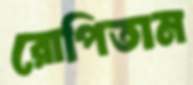
রোপিতাম